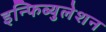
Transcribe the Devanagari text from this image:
इन्फिब्युलेशन